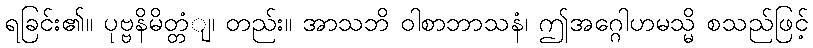
ရခြင်း၏။ ပုဗ္ဗနိမိတ္တံျ၊ တည်း။ အာသဘိ ဝါစာဘာသနံ၊ ဤအဂ္ဂေါဟမသ္မိ စသည်ဖြင့်